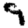
Digit: 9